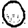
Digit: 0